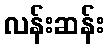
လန်းဆန်း